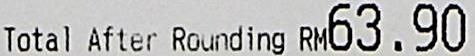
TOTAL AFTER ROUNDING RM63.90